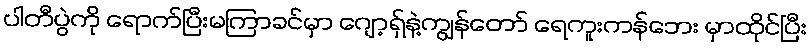
ပါတီပွဲကို ရောက်ပြီးမကြာခင်မှာ ဂျော့ရှ်နဲ့ကျွန်တော် ရေကူးကန်ဘေး မှာထိုင်ပြီး